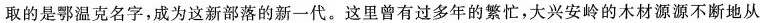
取的是鄂温克名字，成为这新部落的新一代。这里曾有过多年的繁忙，大兴安岭的木材源源不断地从